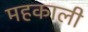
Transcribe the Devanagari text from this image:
महकाली